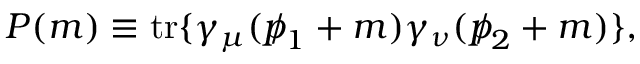
P ( m ) \equiv \mathrm { t r } \{ \gamma _ { \mu } ( { p \! \! \! \slash } _ { 1 } + m ) \gamma _ { \nu } ( { p \! \! \! \slash } _ { 2 } + m ) \} ,